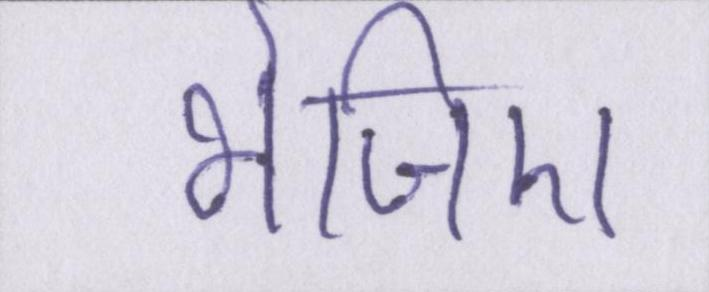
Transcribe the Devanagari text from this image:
भेजिए